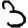
Digit: 3